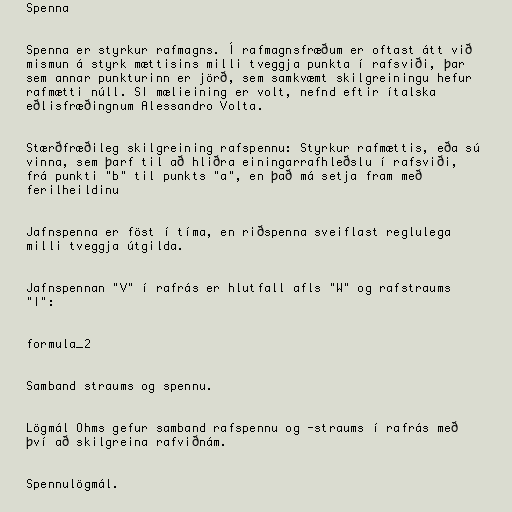
Spenna

Spenna er styrkur rafmagns. Í rafmagnsfræðum er oftast átt við
mismun á styrk mættisins milli tveggja punkta í rafsviði, þar
sem annar punkturinn er jörð, sem samkvæmt skilgreiningu hefur
rafmætti núll. SI mælieining er volt, nefnd eftir ítalska
eðlisfræðingnum Alessandro Volta.

Stærðfræðileg skilgreining rafspennu: Styrkur rafmættis, eða sú
vinna, sem þarf til að hliðra einingarrafhleðslu í rafsviði,
frá punkti "b" til punkts "a", en það má setja fram með
ferilheildinu

Jafnspenna er föst í tíma, en riðspenna sveiflast reglulega
milli tveggja útgilda.

Jafnspennan "V" í rafrás er hlutfall afls "W" og rafstraums
"I":

formula_2

Samband straums og spennu.

Lögmál Ohms gefur samband rafspennu og -straums í rafrás með
því að skilgreina rafviðnám.

Spennulögmál.